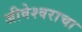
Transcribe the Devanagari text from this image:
जीवेश्वराचा